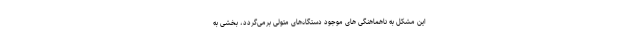
این مشکل به ناهماهنگی های موجود دستگاه‌های متولی برمی‌گردد، بخشی به